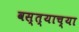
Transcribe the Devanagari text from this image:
वस्त्याच्या